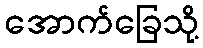
အောက်ခြေသို့